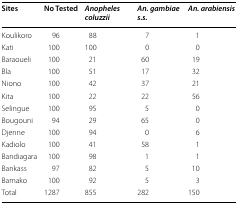
<table><thead><tr><td><b>Sites</b></td><td><b>No Tested</b></td><td><b><i>Anopheles coluzzii</i></b></td><td><b><i>An. gambiae s.s.</i></b></td><td><b><i>An. arabiensis</i></b></td></tr></thead><tbody><tr><td>Koulikoro</td><td>96</td><td>88</td><td>7</td><td>1</td></tr><tr><td>Kati</td><td>100</td><td>100</td><td>0</td><td>0</td></tr><tr><td>Baraoueli</td><td>100</td><td>21</td><td>60</td><td>19</td></tr><tr><td>Bla</td><td>100</td><td>51</td><td>17</td><td>32</td></tr><tr><td>Niono</td><td>100</td><td>42</td><td>37</td><td>21</td></tr><tr><td>Kita</td><td>100</td><td>22</td><td>22</td><td>56</td></tr><tr><td>Selingue</td><td>100</td><td>95</td><td>5</td><td>0</td></tr><tr><td>Bougouni</td><td>94</td><td>29</td><td>65</td><td>0</td></tr><tr><td>Djenne</td><td>100</td><td>94</td><td>0</td><td>6</td></tr><tr><td>Kadiolo</td><td>100</td><td>41</td><td>58</td><td>1</td></tr><tr><td>Bandiagara</td><td>100</td><td>98</td><td>1</td><td>1</td></tr><tr><td>Bankass</td><td>97</td><td>82</td><td>5</td><td>10</td></tr><tr><td>Bamako</td><td>100</td><td>92</td><td>5</td><td>3</td></tr><tr><td>Total</td><td>1287</td><td>855</td><td>282</td><td>150</td></tr></tbody></table>